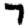
Digit: 7